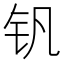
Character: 钒